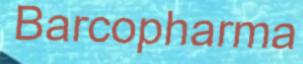
Barcopharma